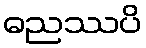
ဓညဿပိ